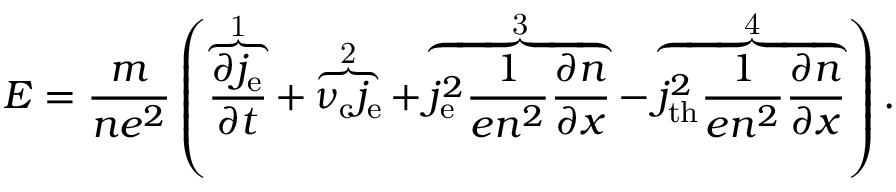
E = \frac { m } { n e ^ { 2 } } \left( \overbrace { \frac { \partial j _ { \mathrm { e } } } { \partial t } } ^ { \mathrm { 1 } } + \overbrace { \nu _ { \mathrm { c } } j _ { \mathrm { e } } } ^ { \mathrm { 2 } } + \overbrace { j _ { \mathrm { e } } ^ { 2 } \frac { 1 } { e n ^ { 2 } } \frac { \partial n } { \partial x } } ^ { \mathrm { 3 } } - \overbrace { j _ { \mathrm { t h } } ^ { 2 } \frac { 1 } { e n ^ { 2 } } \frac { \partial n } { \partial x } } ^ { \mathrm { 4 } } \right) .